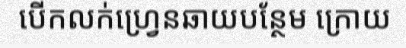
បើកលក់ហ្វ្រេនឆាយបន្ថែម ក្រោយ